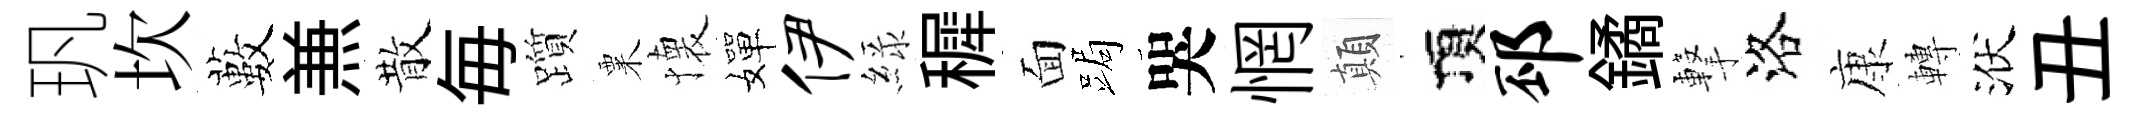
㺬坎藪𠔥散毎躓粟懐嬋伊緑穉面跼哭惘顛頂邳鐍撃洛康轉洑丑